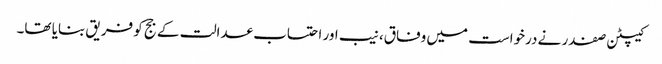
کیپٹن صفدر نے درخواست میں وفاق، نیب اور احتساب عدالت کے جج کو فریق بنایا تھا۔